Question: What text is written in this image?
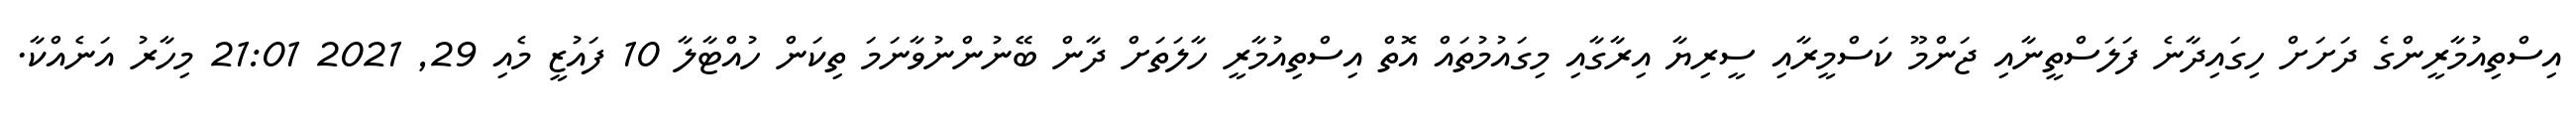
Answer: އިސްތިއުމާރީންގެ ދަށަށް ހިގައިދާނެ ފަލަސްތީނާއި ޖަންމޫ ކަސްމީރާއި ސީރިޔާ އިރާގާއި މިގައުމުތައް އޮތް އިސްތިއުމާރީ ހާލަތަށް ދާން ބޭނުންނުވާނަމަ ތިކަން ހުއްޓާލާ 10 ފައުޒީ މެއި 29, 2021 21:01 މިހާރު އަނެއްކާ.